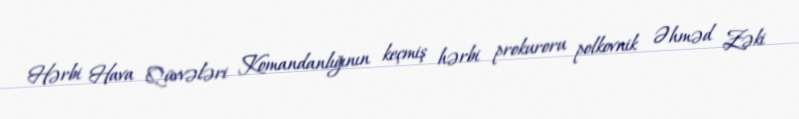
Hərbi Hava Qüvvələri Komandanlığının keçmiş hərbi prokuroru polkovnik Əhməd Zəki